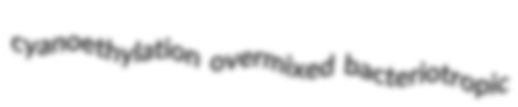
cyanoethylation overmixed bacteriotropic